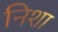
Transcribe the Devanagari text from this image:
निशा